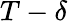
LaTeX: T-\delta